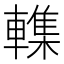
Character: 𮝨